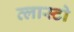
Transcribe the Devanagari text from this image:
व्लास्टो